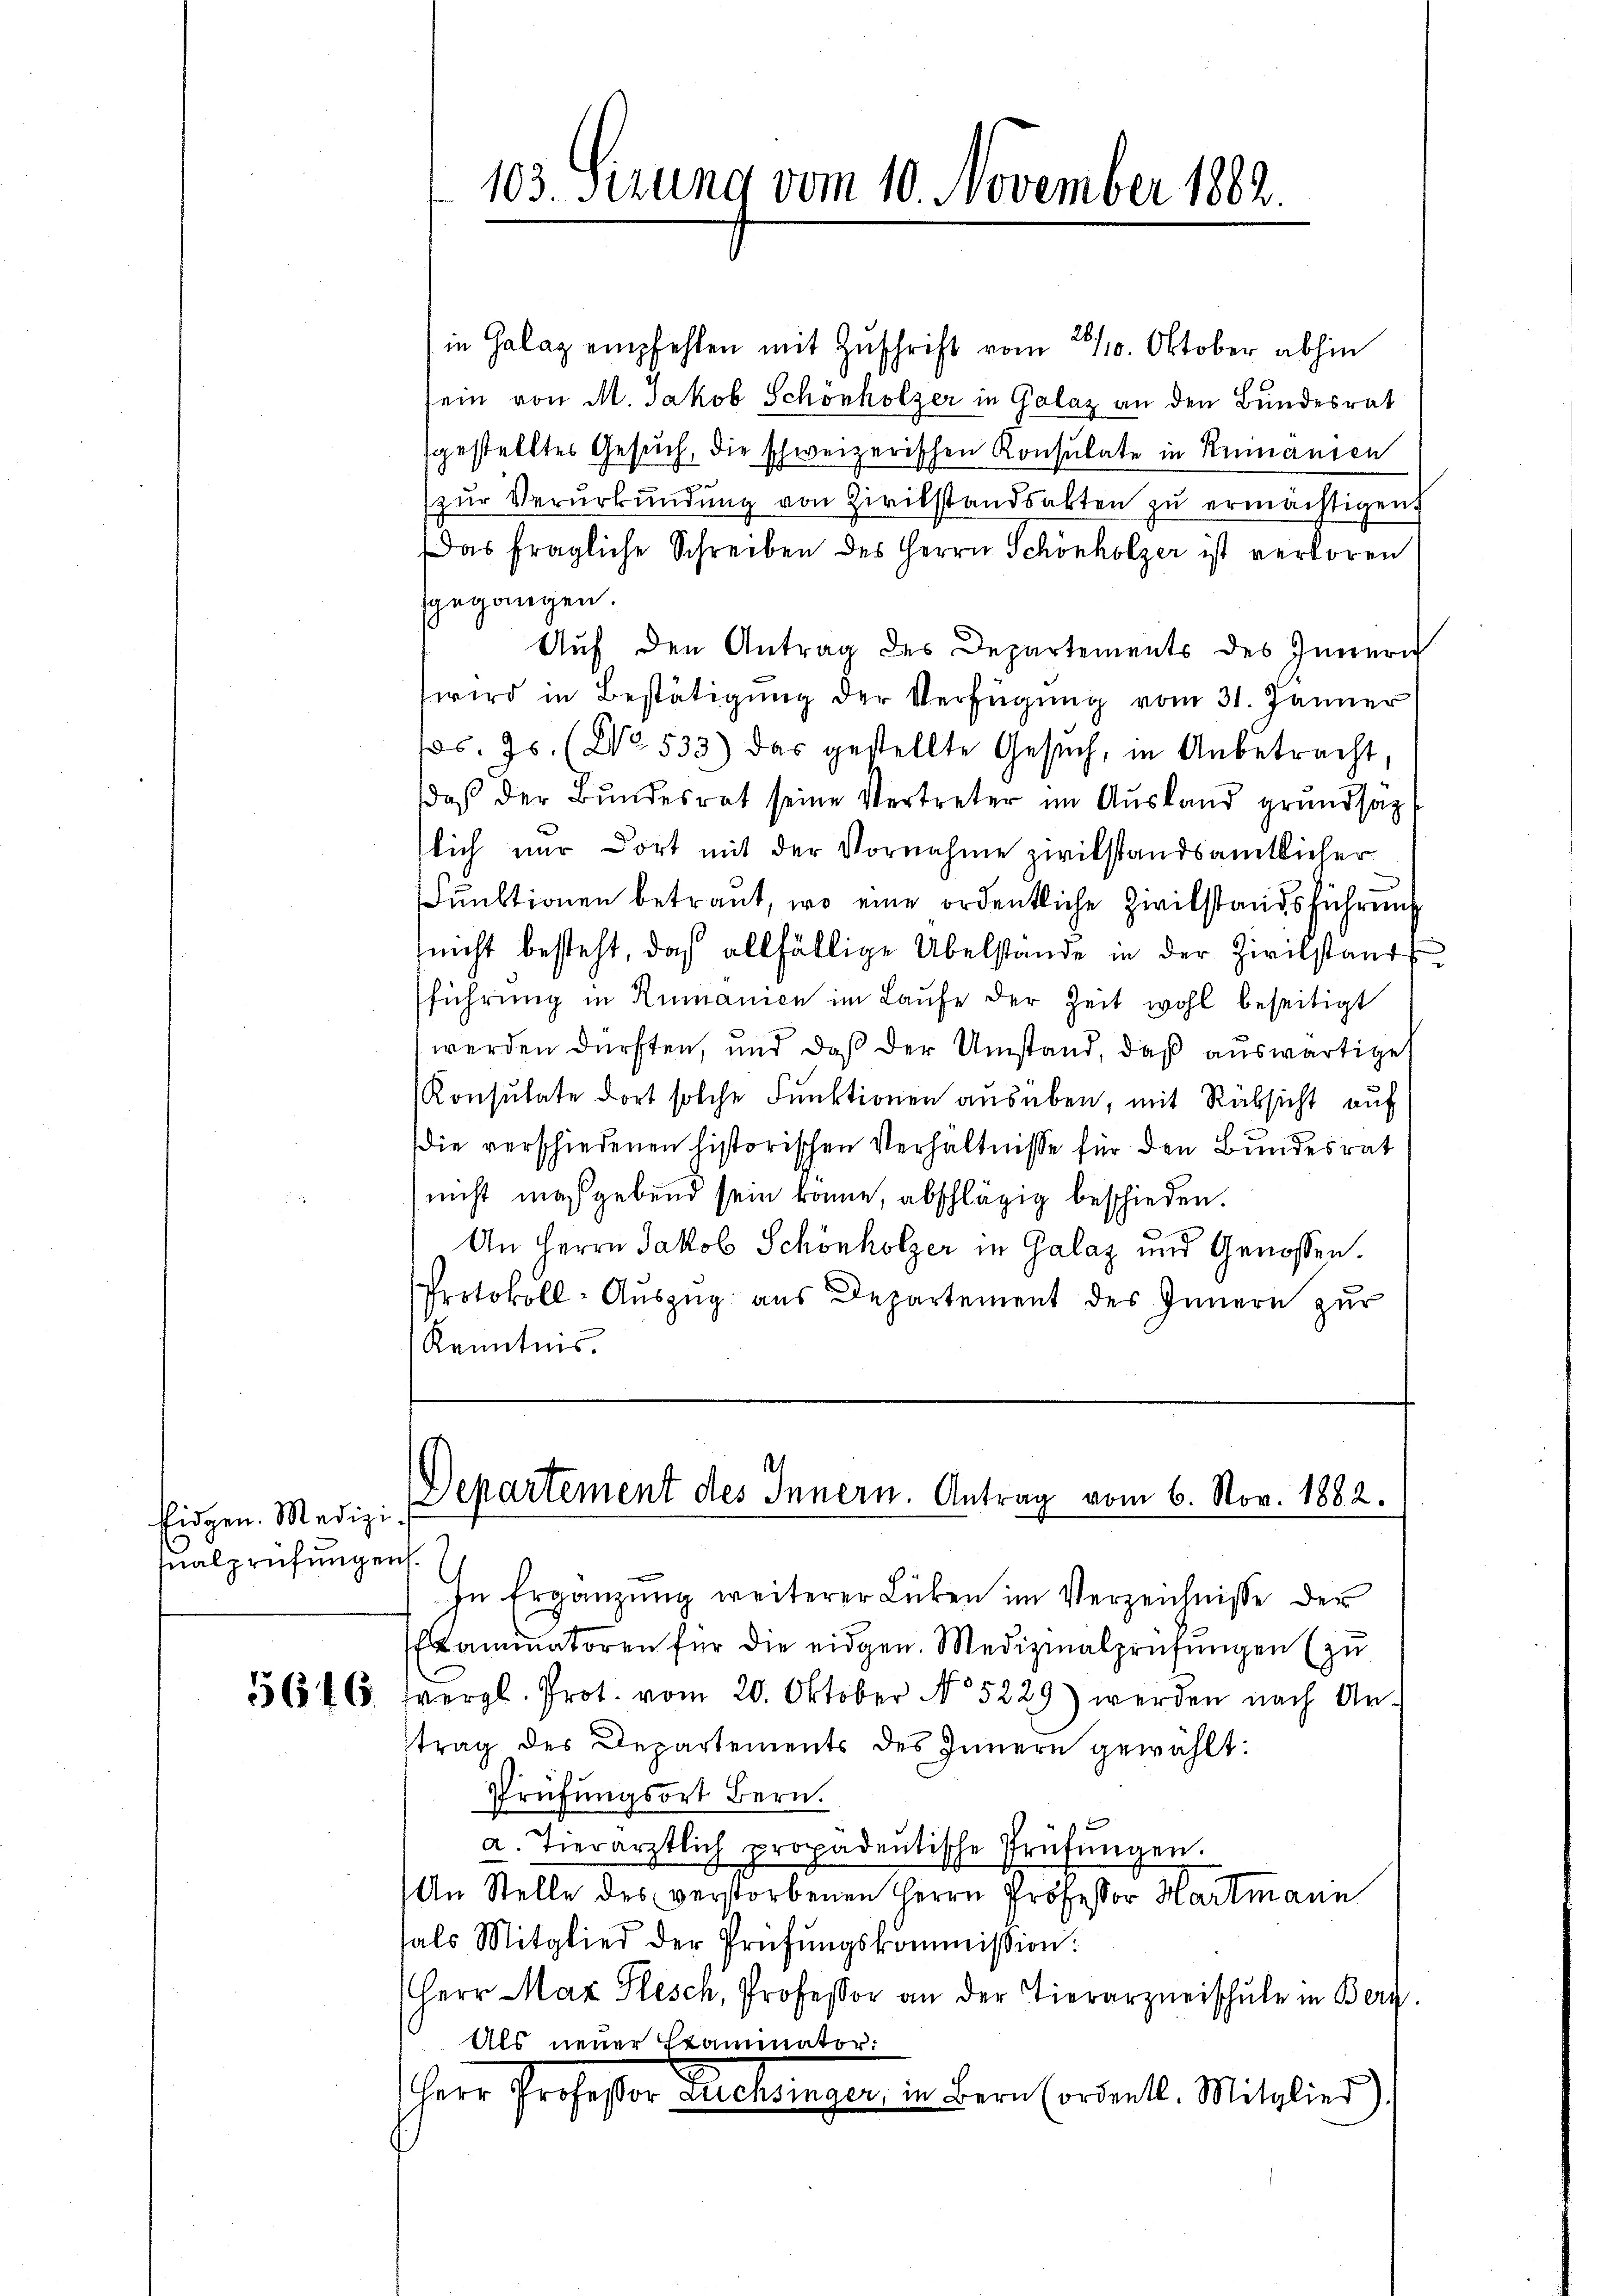
Eidgen. Medizi
fnalprüfungen

28.
in Galaz empfehlen mit Zŭschrift vom 110. Oktober abhin
sein von M. Jakob Schönholzer in Golaz an den Bundesrat
sgestelltes Gesuch, die schweizerischen Konsulate in Reimausen
zŭr Verŭrkŭndŭng von Zivilstandsakten zŭ ermächtigen.
Das fragliche Schreiben des Herrn Schönholzer ist verloren
gegangen.
Auf den Antrag des Departements des Inneri
wird in Bestätigung der Verfügung vom 31. Jänner
pos. Js. (No. 533) das gestellte Gesŭch, in Anbetracht,
daβ der Bŭndesrat seine Vertreter im Ausland grundsaz
slich nur dort mit der Vornahme zwitstandsamtlicher
uuktionen betraut, wo eine ordentliche Zivilstandsführung
nicht besteht, daß allfällige Übelstande in der Zivilstands
sführung in Rumanien im Laufe der Zeit wohl beseitigt
werden dürften, und daß der Umstand, daß auswärtiget
Konsulate dort solche Funktionen ausüben, mit Rücksicht auf
die verschiedenen historischen Verhältnisse für den Bundesrat
nicht maßgebend sein könne, abschlägig beschieden.
An Herrn Jakob Schönholzer in Galaz und Genossen.
Protokoll-Auszug aus Departement des Innern zur
Kenntnis.

103. Sizung vom 10. November 1882.

h
Departement des Innern. Antrag vom 6. Nov. 1882.

In Ergänzŭng weiterer Lücken im Verzeichnisse der
Kammatoren für die eidgen. Medizinalprüfungen (zu
3646 herzl. Prot. vom 20. Oktober No 5229) werden nach Antrag des Departements des Innern gewählt.
Prüfungsort Bern.
a. Tierärztlich propadentische Prüfŭngen.
An Stelle des verstorbenen Herrn Professor Hartmann
sals Mitglied der Prüfŭngskommission.
Herr Max Plesch, Professor an der Tierarzneischule in Berg.
Als neuer Stammator:
Herr Professor Durchsinger, in Bern Fordentl. Mitglied)